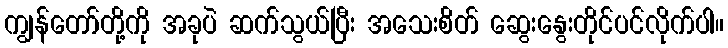
ကျွန်တော်တို့ကို အခုပဲ ဆက်သွယ်ပြီး အသေးစိတ် ဆွေးနွေးတိုင်ပင်လိုက်ပါ။